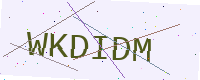
Text: WKDIDM